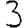
Digit: 3